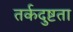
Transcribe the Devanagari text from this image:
तर्कदुष्टता